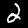
Digit: 2